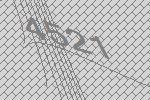
4521